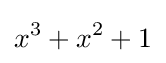
x^{3}+x^{2}+1